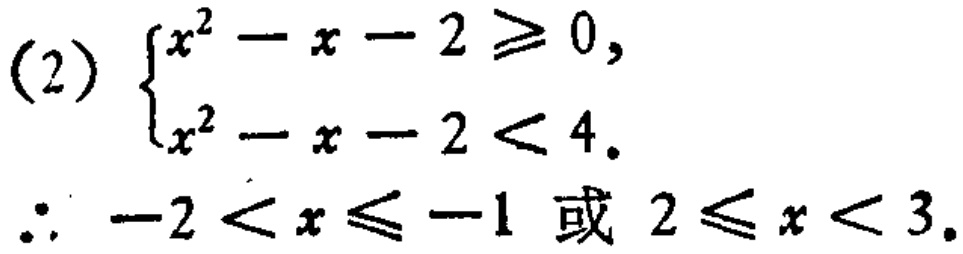
(2) $\begin{cases}
x^{2}-x - 2\geq0,\\
x^{2}-x - 2<4.
\end{cases}$
$\therefore - 2<x\leq - 1\text{ 或 }2\leq x<3.$